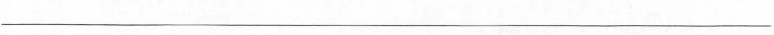
___